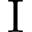
\mathrm { I }